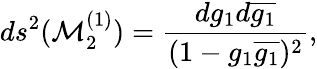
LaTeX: ds^{2}({\cal M}_{2}^{(1)})=\frac{dg_{1}d\overline{{{g_{1}}}}}{(1-g_{1}\overline{{{g_{1}}}})^{2}},